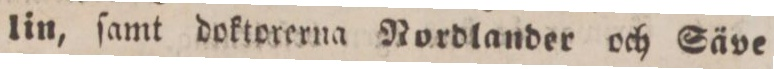
lin, ſamt doktorerna Nordlander och Säve